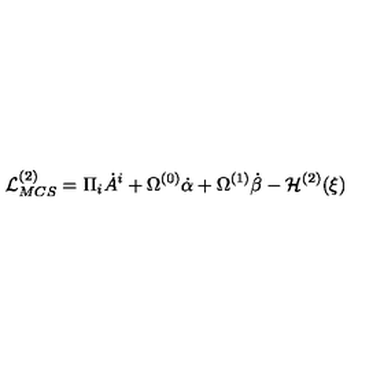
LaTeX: { \cal L } _ { M C S } ^ { ( 2 ) } = \Pi _ { i } \dot { A } ^ { i } + \Omega ^ { ( 0 ) } \dot { \alpha } + \Omega ^ { ( 1 ) } \dot { \beta } - { \cal H } ^ { ( 2 ) } ( \xi )